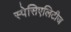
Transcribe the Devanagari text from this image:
स्पेसिएलिटीज